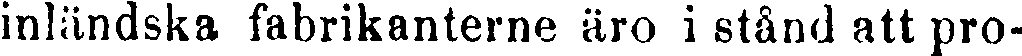
inländska fabrikanterna äro i stånd att pro-